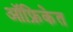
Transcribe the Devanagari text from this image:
ऑफ्रिकेत